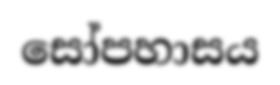
සෝපහාසය